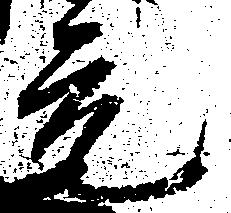
元